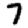
Digit: 7